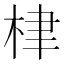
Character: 𣑵